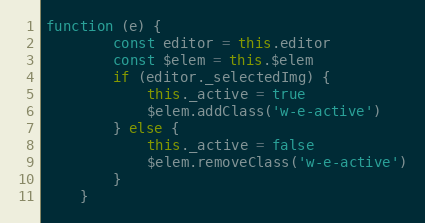
Language: JavaScript
function (e) {
        const editor = this.editor
        const $elem = this.$elem
        if (editor._selectedImg) {
            this._active = true
            $elem.addClass('w-e-active')
        } else {
            this._active = false
            $elem.removeClass('w-e-active')
        }
    }